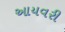
આયવરી